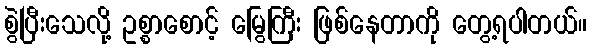
စွဲပြီးသေလို့ ဥစ္စာစောင့် မြွေကြီး ဖြစ်နေတာကို တွေ့ရပါတယ်။